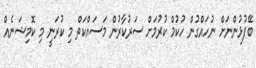
ބޭފުޅުންނަށް ނުހައްގުން ހުކުމް ކުރުމަށް ސަރުކާރުން މަސައްކަތް މި ކުރަނީ މި ކޮމިޝަނެއް